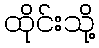
ထိုင်းသို့